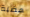
هضبة